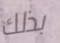
بذلك